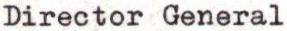
Director General